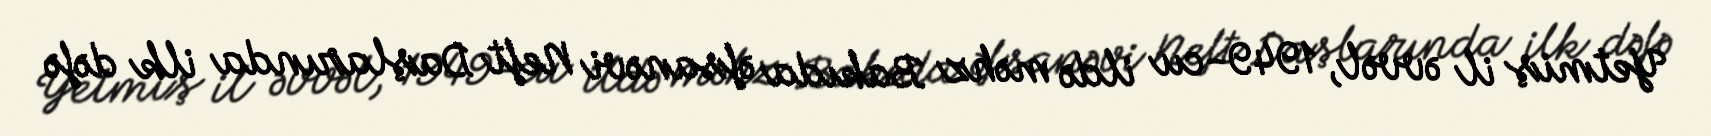
Yetmiş il əvvəl, 1949-cu ildə məhz Bakıda əfsanəvi Neft Daşlarında ilk dəfə